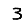
Digit: 3